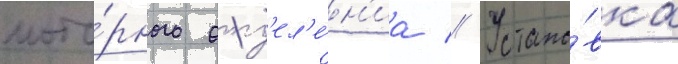
мото́рного отд'ел'е́н'иа // Устано́вка